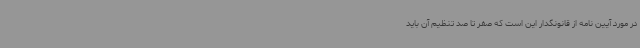
در مورد آیین نامه از قانونگدار این است که صفر تا صد تنظیم آن باید